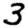
Digit: 3